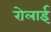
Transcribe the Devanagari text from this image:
रोलाई